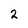
Character: 2